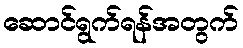
ဆောင်ရွက်ရန်အတွက်